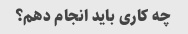
چه کاری باید انجام دهم؟